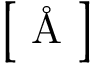
\big [ \mathrm { ~ \AA ~ } \big ]